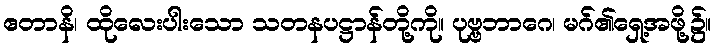
ဧတာနိ၊ ထိုလေးပါးသော သတနပဋ္ဌာန်တို့ကို။ ပုဗ္ဗဘာဂေ၊ မဂ်၏ရှေ့အဖို့၌။